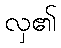
လှ၏